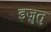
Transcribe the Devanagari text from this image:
इज़ुतु